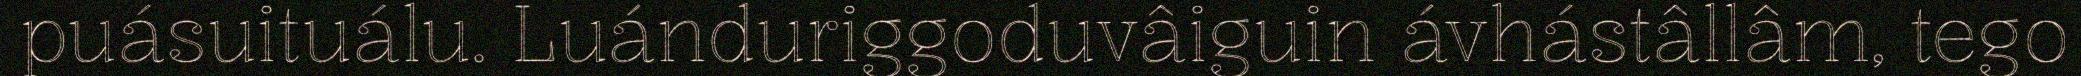
puásuituálu. Luánduriggoduvâiguin ávhástâllâm, tego